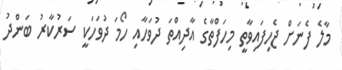
މާލެ ފެނަށް ޖެހިފައިވާތީ މިހަފްތާގެ އާދިއްތަ ދުވަހާއި ހޯމަ ދުވަހަކީ ސަރުކާރު ބަންދު